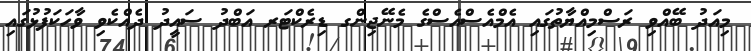
މިއަދު ބޭއްވި ރަސްމިއްޔާތުގައި އެމްއެސްއެސްގެ މެނޭޖިންގ ޑިރެކްޓަރ އަބްދު ސައީދު ދެއްކެވި ވާހަކަފުޅުގައި